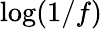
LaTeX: \log(1/f)